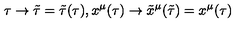
\tau \rightarrow \tilde { \tau } = \tilde { \tau } ( \tau ) , x ^ { \mu } ( \tau ) \rightarrow \tilde { x } ^ { \mu } ( \tilde { \tau } ) = x ^ { \mu } ( \tau )